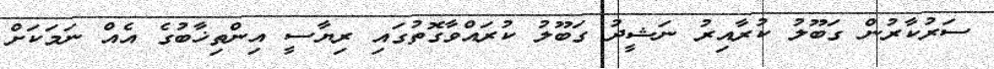
ސަރުކާރުން ގަބޫލު ކުރާއިރު ނަޝީދު ގަބޫލު ކުރައްވާގޮތުގައި ރިޔާސީ އިންތިޚާބުގެ އެއް ނަމަކަށް